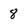
Character: 8